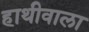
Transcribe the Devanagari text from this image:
हाथीवाला